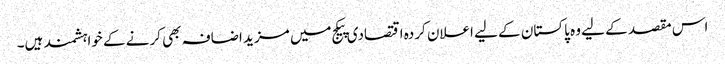
اس مقصد کے لیے وہ پاکستان کے لیے اعلان کردہ اقتصادی پیکج میں مزید اضافہ بھی کرنے کے خواہشمند ہیں۔